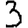
Digit: 3